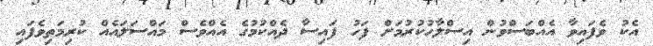
އެކު ވެފައިވާ އެއްބަސްވުން އިސްލާހުކުރުމަށް ފަހު ފައިސާ ދެއްކުމުގެ އެއްވެސް މައްސަލައެއް ކުރިމަތިވެފައި